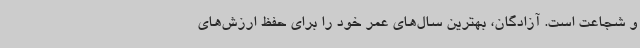
و شجاعت است. آزادگان، بهترین سال‌های عمر خود را برای حفظ ارزش‌های